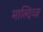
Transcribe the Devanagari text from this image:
माल्दिव्ज़